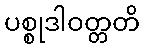
ပစ္စုဒါဝတ္တတိ